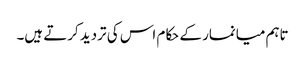
تاہم میانمار کے حکام اس کی تردید کرتے ہیں۔